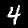
Digit: 4